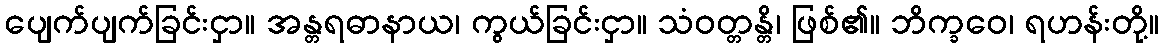
ပျေက်ပျက်ခြင်းငှာ။ အန္တရဓာနာယ၊ ကွယ်ခြင်းငှာ။ သံဝတ္တန္တိ၊ ဖြစ်၏။ ဘိက္ခဝေ၊ ရဟန်းတို့။